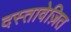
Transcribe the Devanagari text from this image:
दस्तावेज़ित